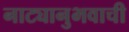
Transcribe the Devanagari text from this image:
नाट्यानुभवाची